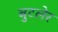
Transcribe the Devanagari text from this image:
बुटलेर